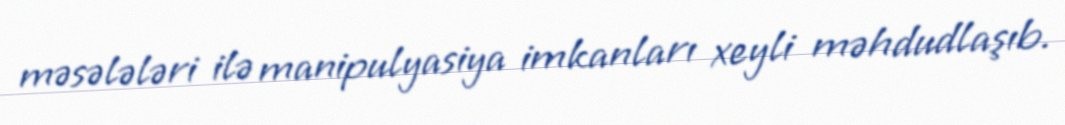
məsələləri ilə manipulyasiya imkanları xeyli məhdudlaşıb.